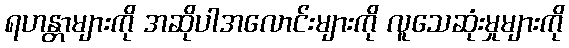
ရဟန္တာများကို အဆိုပါအလောင်းများကို လူသေဆုံးမှုများကို